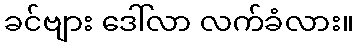
ခင်ဗျား ဒေါ်လာ လက်ခံလား။